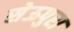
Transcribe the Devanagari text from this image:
सेऊपुरा